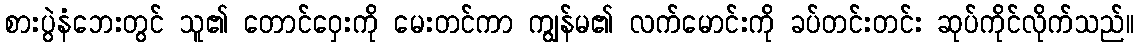
စားပွဲနံဘေးတွင် သူ၏ တောင်ဝှေးကို မေးတင်ကာ ကျွန်မ၏ လက်မောင်းကို ခပ်တင်းတင်း ဆုပ်ကိုင်လိုက်သည်။